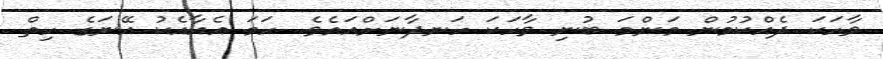
ވާހަކަ ދެއްކުމުން މަންމަ ބުނި ވާހަކަ ހަނދާނަށްއައެވެ. ހަމަ އެއާއެކު އޭނަގެ ހިތް